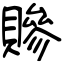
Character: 贂